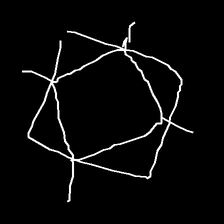
Glyph: light